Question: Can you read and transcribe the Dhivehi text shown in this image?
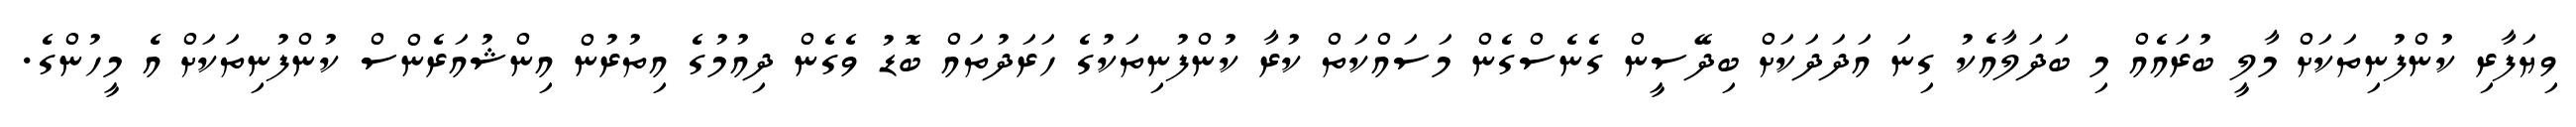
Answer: ވިޔަފާރި ކުންފުނިތަކަށް މާލީ ބުރައެއް މި ބަދަލާއެކު ގިނަ އަދަދަކަށް ބިދޭސީން ގެނެސްގެން މަސައްކަތް ކުރާ ކުންފުނިތަކުގެ ހަރަދުތައް ބޮޑު ވެގެން ދިއުމުގެ އިތުރުން އިންޝުއަރެންސް ކުންފުނިތަކަށް އެ މީހުންގެ.